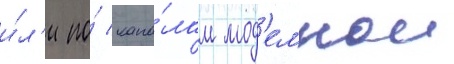
и́л'и по́ кана́лам мод'емнои